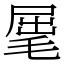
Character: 𣮈